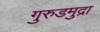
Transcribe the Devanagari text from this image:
गुरुडमुद्रा